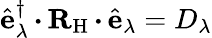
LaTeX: \hat{\mathbf{e}}_{\lambda}^{\dagger}\, {\boldsymbol{\cdot}}\, {\mathbf{R}}_{\mathrm{H}}\, {\boldsymbol{\cdot}}\, \hat{\mathbf{e}}_{\lambda}=D_{\lambda}